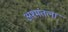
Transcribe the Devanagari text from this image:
अश्मंतला